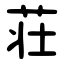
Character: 荘